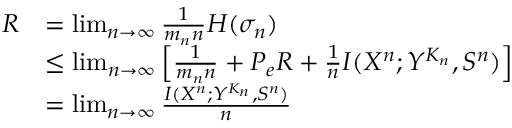
\begin{array} { r l } { R } & { = \operatorname* { l i m } _ { n \to \infty } \frac { 1 } { m _ { n } n } H ( \sigma _ { n } ) } \\ & { \le \operatorname* { l i m } _ { n \to \infty } \left[ \frac { 1 } { m _ { n } n } + P _ { e } R + \frac { 1 } { n } I ( X ^ { n } ; Y ^ { K _ { n } } , S ^ { n } ) \right] } \\ & { = \operatorname* { l i m } _ { n \to \infty } \frac { I ( X ^ { n } ; Y ^ { K _ { n } } , S ^ { n } ) } { n } } \end{array}